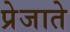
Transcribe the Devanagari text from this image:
प्रेजाते